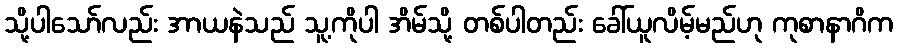
သို့ပါသော်လည်း အာယနဲသည် သူ့ကိုပါ အိမ်သို့ တစ်ပါတည်း ခေါ်ယူလိမ့်မည်ဟု ကုစာနာဂိက